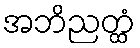
အဘိညတ္ထံ